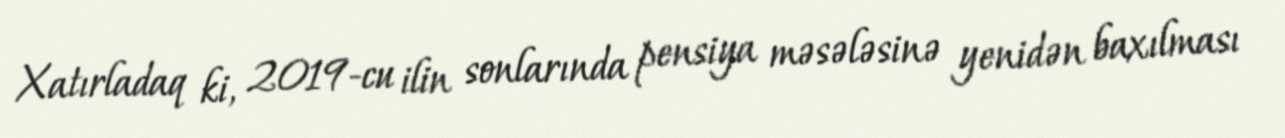
Xatırladaq ki, 2019-cu ilin sonlarında pensiya məsələsinə yenidən baxılması